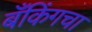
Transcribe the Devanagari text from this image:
बँकिंगचा